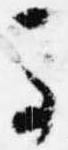
馬